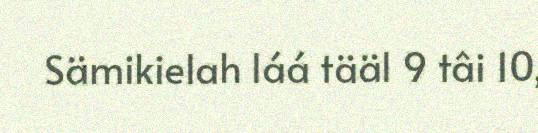
Sämikielah láá tääl 9 tâi 10,